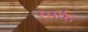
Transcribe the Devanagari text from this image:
स्मर्फ